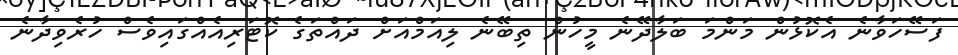
ފަސޭހަވާނެ އެކޮޅުން މަންމަ ބަލާދޭނެ މީހުން ތިބޭނެ ލިއަމްއަށް ދައްތަގެ ކޮޓަރިއެއްގައިވެސް ހުރެވިދާނެ